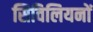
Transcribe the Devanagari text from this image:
सिविलियनों